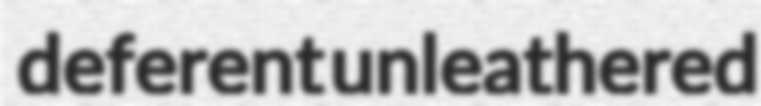
deferent unleathered